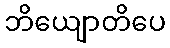
ဘိယျောတိပေ